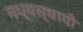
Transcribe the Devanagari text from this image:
मध्यस्थायी